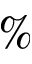
\%